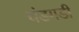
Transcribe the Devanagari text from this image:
चंडगडी